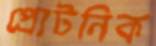
প্রোটনিক